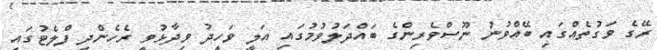
ރޭގެ ވަގުތެއްގައި ބޭއްވުނު ނޫސްވެރިންގެ ބައްދަލުވުމުގައި އަލީ ވަހީދު ވިދާޅުވީ ރެހެންދި ފްލެޓުގައި